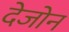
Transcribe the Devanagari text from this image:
देजोन